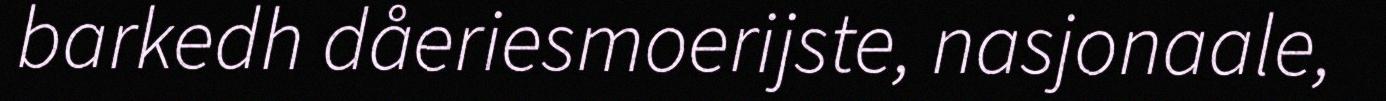
barkedh dåeriesmoerijste, nasjonaale,